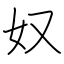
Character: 奴